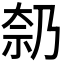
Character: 𪥑